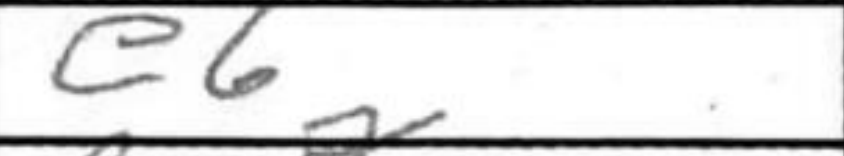
Transcription: e6